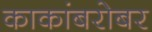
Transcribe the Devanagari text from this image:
काकांबरोबर